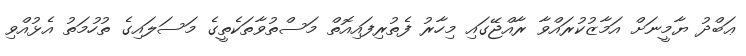
ޢަބްދު ޔާމީނަށް އަމާޒުކުރައްވާ ރާއްޖޭގައި މިހާރު ފެތުރިފައިއޮތް މަސްތުވާތަކެތީގެ މަސަލައިގެ ތުހުމަތު އެޅުއްވި